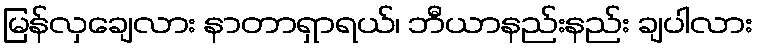
မြန်လှချေလား နာတာရှာရယ်၊ ဘီယာနည်းနည်း ချပါလား